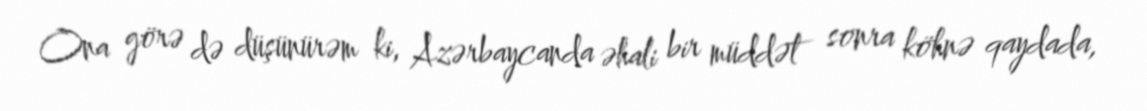
Ona görə də düşünürəm ki, Azərbaycanda əhali bir müddət sonra köhnə qaydada,